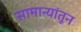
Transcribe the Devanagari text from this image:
सामान्यांतून